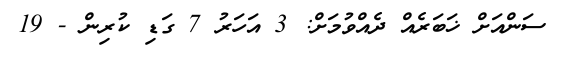
ސަންއަށް ޚަބަރެއް ދެއްވުމަށް: 3 އަހަރު 7 ގަޑި ކުރިން - 19